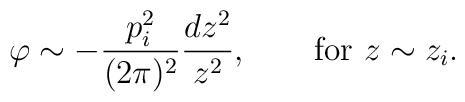
\varphi\sim -{p_i^2\over (2\pi)^2}{dz^2\over z^2},\quad \quad{\rm for}\,\, z\sim z_i.